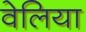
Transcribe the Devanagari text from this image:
वेलिया